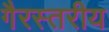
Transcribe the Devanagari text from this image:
गैरस्‍तरीय